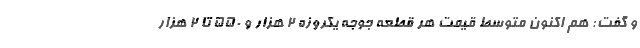
و گفت: هم اکنون متوسط قیمت هر قطعه جوجه یکروزه ۲ هزار و ۵۵۰ تا ۲ هزار